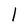
Character: l